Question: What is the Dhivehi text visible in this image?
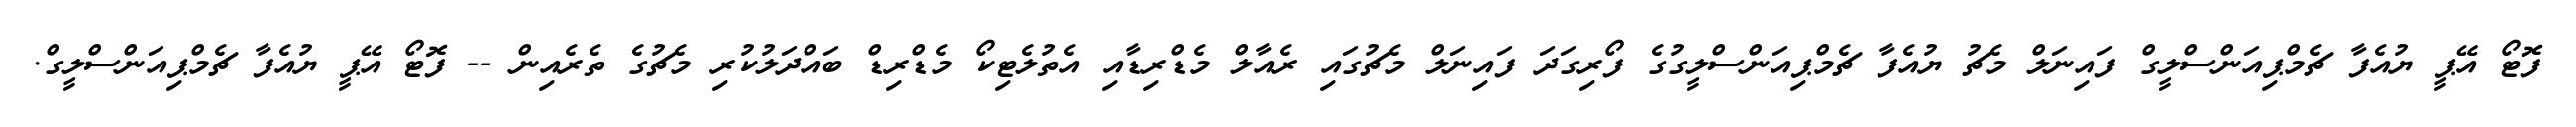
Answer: ފޮޓޯ އޭޕީ ޔުއެފާ ޗެމްޕިއަންސްލީގް ފައިނަލް މެޗު ޔުއެފާ ޗެމްޕިއަންސްލީގުގެ ފޯރިގަދަ ފައިނަލް މެޗުގައި ރެއާލް މެޑްރިޑާއި އެތުލެޓިކޯ މެޑްރިޑް ބައްދަލުކުރި މެޗުގެ ތެރެއިން -- ފޮޓޯ އޭޕީ ޔުއެފާ ޗެމްޕިއަންސްލީގް.